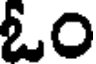
ఓం